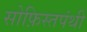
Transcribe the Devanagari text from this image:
सोफ़िस्तपंथी